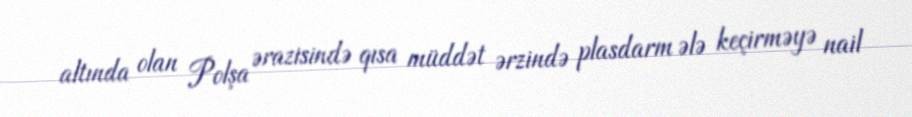
altında olan Polşa ərazisində qısa müddət ərzində plasdarm ələ keçirməyə nail